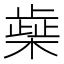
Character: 𰘭